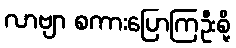
လာဗျာ စကားပြောကြဦးစို့